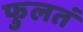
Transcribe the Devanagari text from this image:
फुलतं